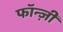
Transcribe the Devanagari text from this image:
फॉन्ज़ी